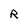
Character: R